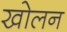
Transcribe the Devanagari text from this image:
खोलन